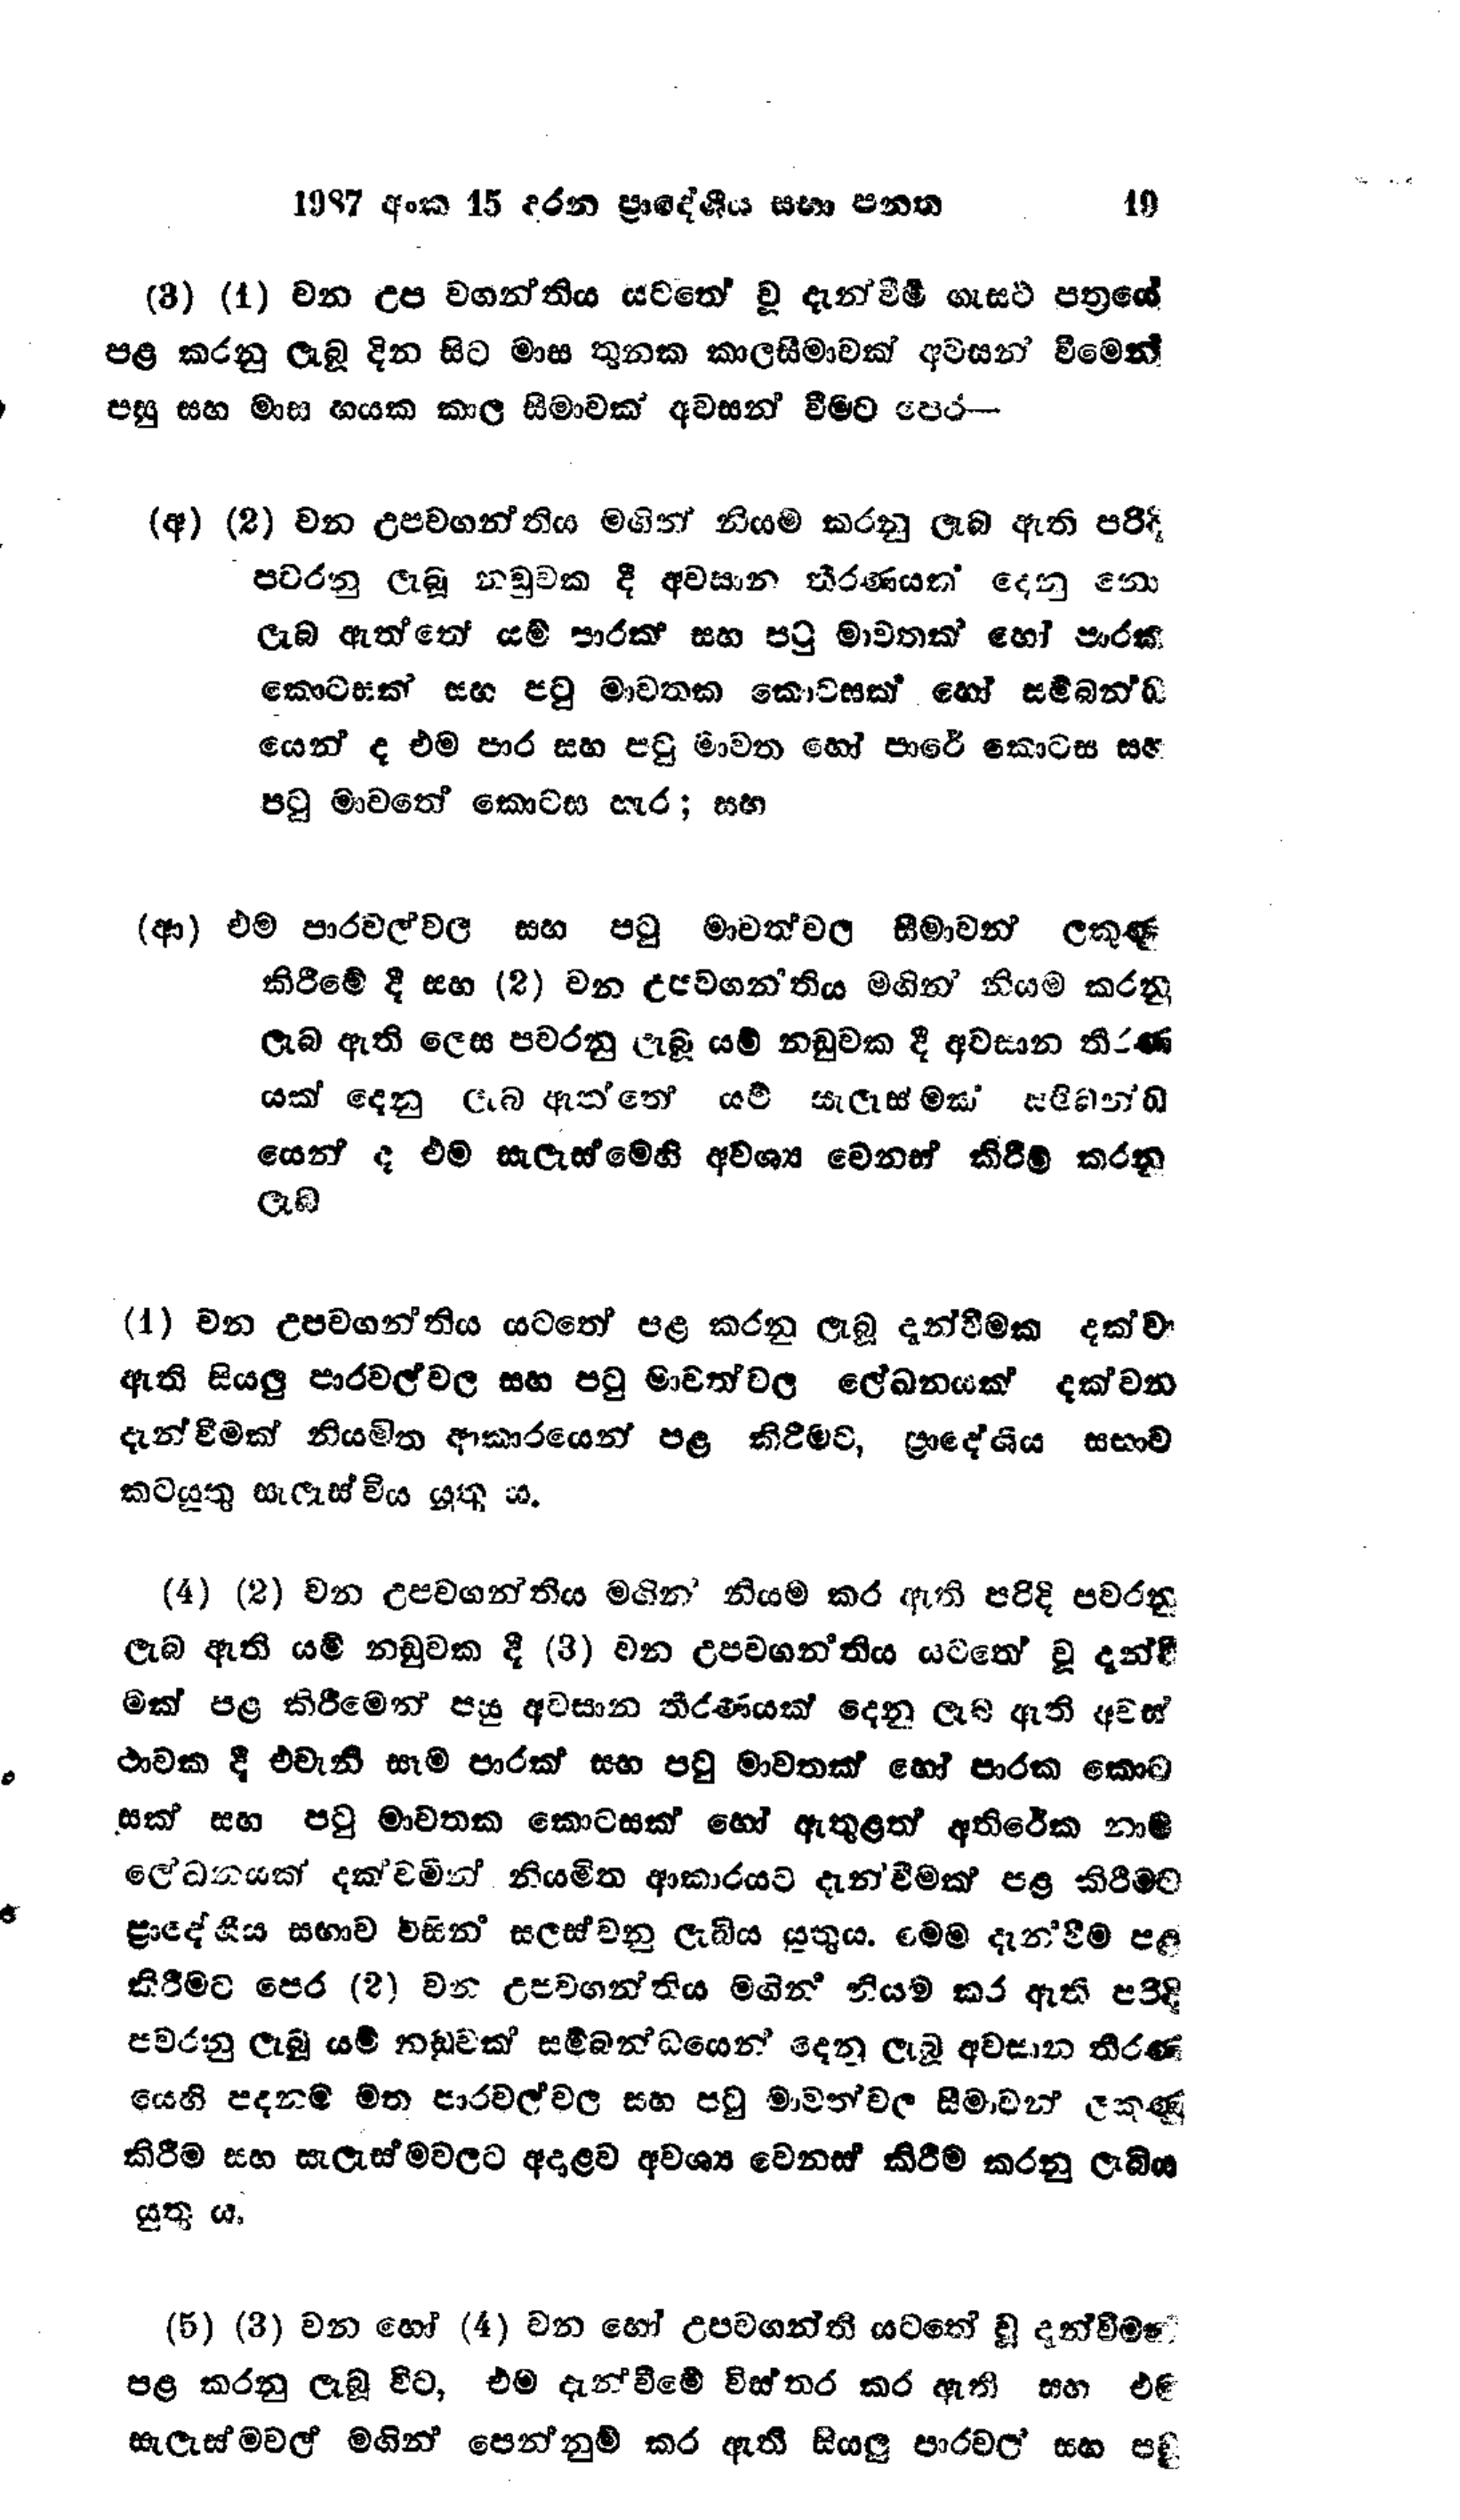
1987 අංක 15 දරන ප්‍රාදේශීය සභා පනත 19

(3) (1) වන උප වගන්තිය යටතේ වූ දැන්වීම් ගැසට් පත්‍රයේ
පළ කරනු ලැබූ දින සිට මාස තුනක කාලසීමාවක් අවසන් වීමෙන්
පසු සහ මාස හයක කාල සීමාවක් අවසන් වීමට පෙර -

(අ) (2) වන උපවගන්තිය මගින් නියම කරනු ලැබ ඇති පරිදි
පවරනු ලැබූ නඩුවක දී අවසාන තීරණයක් දෙනු නො
ලැබ ඇත්තේ යම් පාරක සහ පටු මාවතක් හෝ පාරක
කොටසක් සහ පටු මාවතක කොටසක් හෝ සම්බන්ධ
යෙන් ද එම පාර සහ පටු මාවත හෝ පාරේ කොටස සහ
පටු මාවතේ කොටස හැර ; සහ

(ආ) එම පාරවල්වල සහ පටු මාවත්වල සීමාවන් ලකුණු
කිරීමේ දී සහ (2) වන උපවගන්තිය මගින් නියම කරනු
ලැබ ඇති ලෙස පවරනු ලැබූ යම් නඩුවක දී අවසාන තීරණ
යක් දෙනු ලැබ ඇත්තේ යම් සැලැස්මක් සම්බන්ධ
යෙන් ද එම සැලැස්මෙහි අවශ්‍ය වෙනස් කිරීම් කරනු
ලැබ

(1) වන උපවගන්තිය යටතේ පළ කරනු ලැබූ දැන්වීමක දක්වා
ඇති සියලු පාරවල්වල සහ පටු මාවත්වල ලේඛනයක් දක්වන
දැන්වීමක් නියමිත ආකාරයෙන් පළ කිරීමට, ප්‍රාදේශීය සභාව
කටයුතු සැලැස්විය යුතු ය.

(4) (2) වන උපවගන්තිය මගින් නියම කර ඇති පරිදි පවරනු
ලැබ ඇති යම් නඩුවක දී (3) වන උපවගන්තිය යටතේ වූ දැන්වී
මක් පළ කිරීමෙන් පසු අවසාන තීරණයක් දෙනු ලැබ ඇති අවස්
ථාවක දී එවැනි සෑම පාරක් සහ පටු මාවතක් හෝ පාරක කොට
සක් සහ පටු මාවතක කොටසක් හෝ ඇතුළත් අතිරේක නාම
ලේඛනයක් දක්වමින් නියමිත ආකාරයට දැන්වීමක් පළ කිරීමට
ප්‍රාදේශිය සභාව විසින් සලස්වනු ලැබිය යුතුය. මෙම දැන්වීම පළ
කිරීමට පෙර (2) වන උපවගන්තිය මගින් නියම කර ඇති පරිදි
පවරනු ලැබූ යම් නඩුවක් සම්බන්ධයෙන් දෙනු ලැබූ අවසාන තීරණ
යෙහි පදනම මත පාරවල්වල සහ පටු මාවත්වල සීමාවන් ලකුණු
කිරීම සහ සැලැස්මවලට අදාළව අවශ්‍ය වෙනස් කිරීම කරනු ලැබිය
යුතු ය.

(5) (3) වන හෝ (4) වන හෝ උපවගන්ති යටතේ වු දැන්වීමක්
පළ කරනු ලැබූ විට, එම දැන්වීමේ විස්තර කර ඇති සහ එම
සැලැස්මවල් මගින් පෙන්නුම් කර ඇති සියලු පාරවල සහ පටු